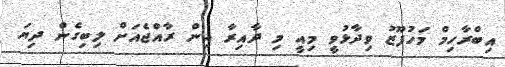
އިބްރާހިމް މަހުފޫޒު ވިދާޅުވީ މިއީ މި ދާއިރާ އިން ރާއްޖެއަށް ލިބިގެން ދިޔަ